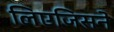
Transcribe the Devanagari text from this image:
लिएजिसने